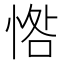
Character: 𢜥